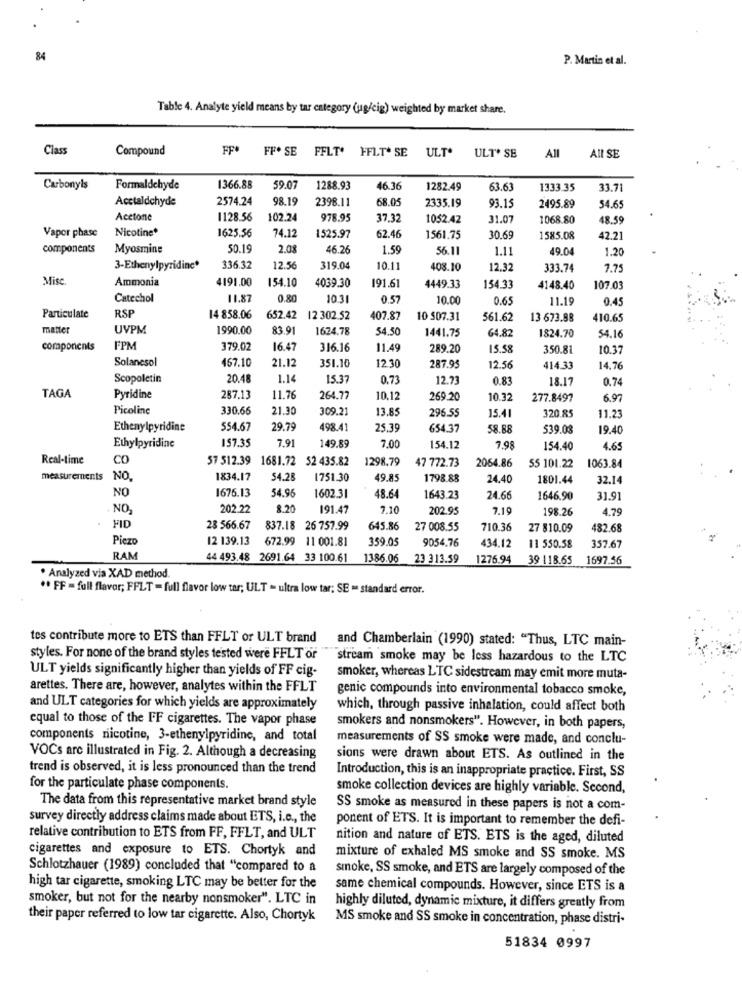
84
P. Martin et al.
Table 4. Analyte yield means by tar category (ug/cig) weighted by market share.
Class
Compound
FF# FF. SE
FELT.
FFLT* SE
ULT.
ULT* SE
All
All SE
Carbonyls
Formaldehyde
1366.88
59.0
1288.93
46.36
1282.49
63.6
1333.35
33.71
Acctaldchyde
2574.24
98.19
2398.11
68.05
2335.19
93.15
2495.89
54.65
Acetone
1128.56
102.24
978.95
37.32
1052.42
31.07
1068.80
18.59
Nicotine*
1625.56
74.12
Vapor phase
1525.97
62.46
1561.75
30.69
1585.08
42.21
components
Myosmine
50.19
2.08
46.26
1.59
56.1
1.11
49.04
1.20
3-Ethenylpyridine*
336.32
12.5
319.04
10.11
408.10
12.32
333.74
7.75
Mise.
Ammonia
1191.00
154.10
191.61
4039.30
4449.33
154.33
4148.40
107.03
Catechol
1.87
0.80
10.31
0.57
10.00
0.65
11.19
0.45
Particulate
RSP
14 858.06
652.42 12 302.52
407.87
10 507.31
561.62
13 673.88
410.65
matter
UVPM
1990.00
83.91
1624.78
54.50
1441.75
64.82
1824.70
4.16
components
FPM
379.02
16.47
316.16
11.49
289.20
15.58
350.81
10.37
Solanesol
467.10
21.12
351.10
12.30
287.95
12.56
414.33
14.76
Scopoletin
20.48
1.14
15.37
0.73
12.73
0.83
18.17
0.74
TAGA
Pyridine
287.13
11.76
264.77
10.12
269.20
10.32
277.8497
6.97
Picoline
330.66
21.30
309.21
13.85
296.55
15.41
320.85
11.23
Ethenylpyridine
554.67
29.79
498.41
25.39
654.37
58.88
539.08
19.40
7.91
Ethylpyridine
197.35
149.89
7.00
154.12
7.98
154.40
4.65
Real-time
CO
57 512.39 1681.72 52 435.82
1298.79
47 772.73
2064.86
55 101.22
1063.84
measurements
NO
1834.17
54.28
1751.30
$9.85
1798.88
24.40
1801.44
32.14
NO
1676.13
54.96
1602 31
18.64
1643.23
24.66
1646.90
31.91
NO
202.22
8.20
191.47
7.10
202.95
7.19
198.26
4.79
FID
28 566.67
837.18 26 757.99
645.86
27 008.55
710.36
27 810.09
482.68
Piezo
12 139.13
672.99 11 001.81
359.05
9054.76
434.12
11 550.58
357.67
RAM
44 493.48 2691.64 33 100.61
1386.06
23 313.59
1276.94
39 118.65
1697.56
. Analyzed via XAD method.
** FF = full flavor; FFLT = full flavor low tar; ULT = ultra low tar; SE - standard error.
tes contribute more to ETS than FFLT or ULT brand
and Chamberlain (1990) stated: "Thus, LTC main-
styles. For none of the brand styles tested were FFLT or
stream smoke may be less hazardous to the LTC
ULT yields significantly higher than yields of FF cig-
smoker, whereas LTC sidestream may emit more muta-
arettes. There are, however, analytes within the FFLT
genic compounds into environmental tobacco smoke,
and ULT categories for which yields are approximately
which, through passive inhalation, could affect both
equal to those of the FF cigarettes. The vapor phase
smokers and nonsmokers". However, in both papers,
components nicotine, 3-ethenylpyridine, and total
measurements of SS smoke were made, and conclu-
VOCs are illustrated in Fig. 2. Although a decreasing
sions were drawn about ETS. As outlined in the
trend is observed, it is less pronounced than the trend
Introduction, this is an inappropriate practice. First, SS
for the particulate phase components.
smoke collection devices are highly variable. Second,
The data from this representative market brand style
SS smoke as measured in these papers is not a com-
survey directly address claims made about ETS, i.e ., the
ponent of ETS. It is important to remember the defi-
relative contribution to ETS from FF, FFLT, and ULT
nition and nature of ETS. ETS is the aged, diluted
cigarettes and exposure to ETS. Chortyk and
mixture of exhaled MS smoke and SS smoke. MS
Schlotzhauer (1989) concluded that "compared to a
smoke, SS smoke, and ETS are largely composed of the
high tar cigarette, smoking LTC may be better for the
same chemical compounds. However, since ETS is a
smoker, but not for the nearby nonsmoker". LTC in
highly diluted, dynamic mixture, it differs greatly from
their paper referred to low tar cigarette. Also, Chortyk
MS smoke and SS smoke in concentration, phase distri-
51834 0997